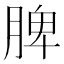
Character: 脾